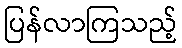
ပြန်လာကြသည့်